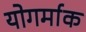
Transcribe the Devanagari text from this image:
योगर्माक